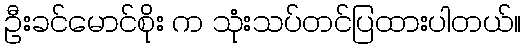
ဦးခင်မောင်စိုး က သုံးသပ်တင်ပြထားပါတယ်။